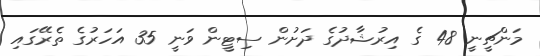
މަންޗީނީ 48 ގެ އިރުޝާދުގެ ދަށުން ސިޓީން ވަނީ 35 އަހަރުގެ ތެރޭގައި